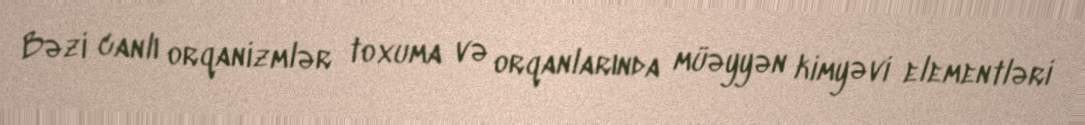
Bəzi canlı orqanizmlər toxuma və orqanlarında müəyyən kimyəvi elementləri